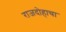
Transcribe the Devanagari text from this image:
राजदोहाचा